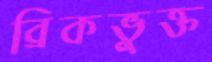
ব্রিকভুক্ত